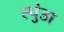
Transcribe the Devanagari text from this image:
स्पुंडा